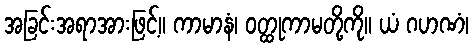
အခြင်းအရာအားဖြင့်။ ကာမာနံ၊ ဝတ္ထုကာမတို့ကို။ ယံ ဂဟဏံ၊